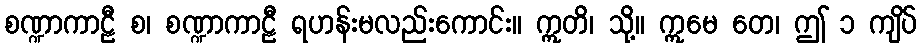
စဏ္ဍာကာဠီ စ၊ စဏ္ဍာကာဠီ ရဟန်းမလည်းကောင်း။ ဣတိ၊ သို့။ ဣမေ တေ၊ ဤ ၁ ကျိပ်